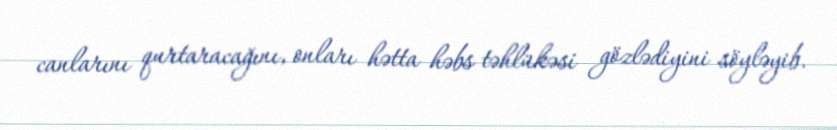
canlarını qurtaracağını, onları hətta həbs təhlükəsi gözlədiyini söyləyib.